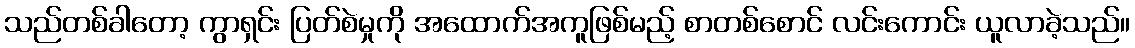
သည်တစ်ခါတော့ ကွာရှင်း ပြတ်စဲမှုကို အထောက်အကူဖြစ်မည့် စာတစ်စောင် လင်းကောင်း ယူလာခဲ့သည်။